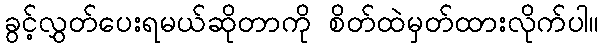
ခွင့်လွှတ်ပေးရမယ်ဆိုတာကို စိတ်ထဲမှတ်ထားလိုက်ပါ။